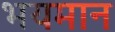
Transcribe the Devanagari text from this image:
भयमान